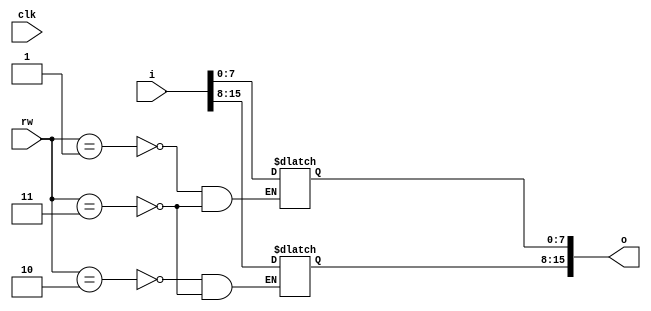
module register #(parameter SIZE = 16, parameter DEF = {SIZE{1'bx}}) (input clk, input [SIZE-1:0] i, output reg [SIZE-1:0] o, input [1:0] rw);
	initial o <= DEF;
	
	always @(clk) begin
		case (rw)
			2'b01 : begin
				o[SIZE/2-1 : 0] <= i[SIZE/2-1 : 0];
			end
			2'b10 : begin
				o[SIZE-1 : SIZE/2] <= i[SIZE-1 : SIZE/2];
			end
			2'b11 : begin
				o <= i;
			end
		endcase
	end
endmodule